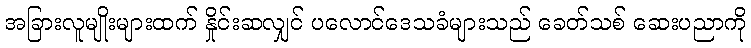
အခြားလူမျိုးများထက် နှိုင်းဆလျှင် ပလောင်ဒေသခံများသည် ခေတ်သစ် ဆေးပညာကို